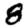
Digit: 8